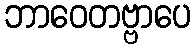
ဘာဝေတဗ္ဗာပေ